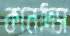
কানদিস